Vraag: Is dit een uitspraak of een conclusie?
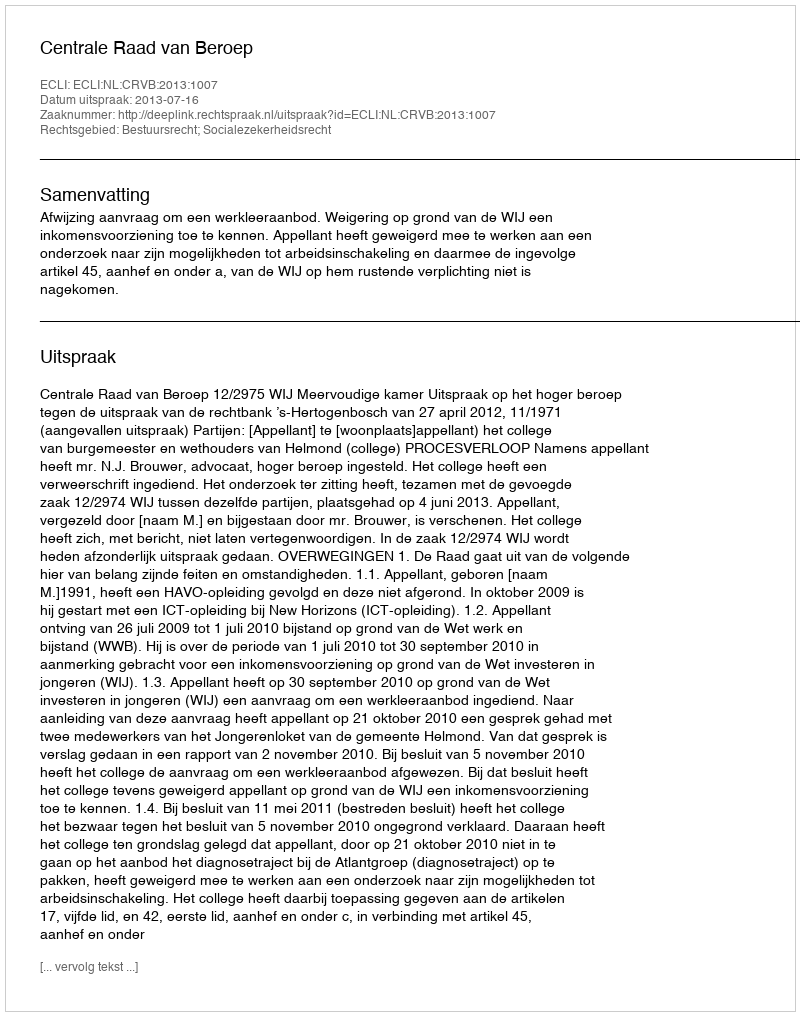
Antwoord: Uitspraak